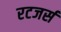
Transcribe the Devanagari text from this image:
रटजर्स